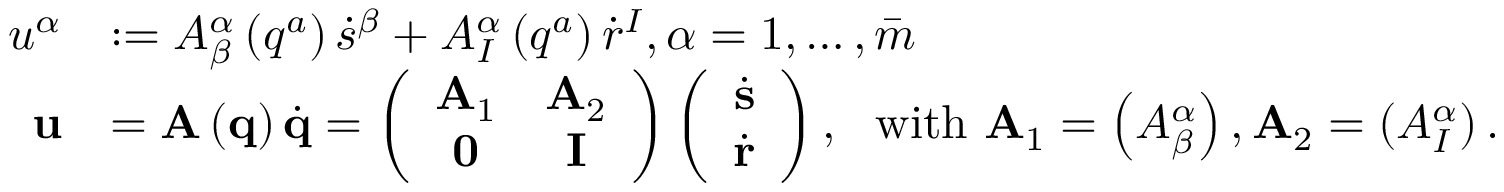
\begin{array} { r l } { u ^ { \alpha } } & { : = A _ { \beta } ^ { \alpha } \left( q ^ { a } \right) \dot { s } ^ { \beta } + A _ { I } ^ { \alpha } \left( q ^ { a } \right) \dot { r } ^ { I } , \alpha = 1 , \ldots , \bar { m } } \\ { \mathbf { u } } & { = \mathbf { A } \left( \mathbf { q } \right) \dot { \mathbf { q } } = \left( \begin{array} { c c } { \mathbf { A } _ { 1 } } & { \mathbf { A } _ { 2 } } \\ { \mathbf { 0 } } & { \mathbf { I } } \end{array} \right) \left( \begin{array} { c } { \dot { \mathbf { s } } } \\ { \dot { \mathbf { r } } } \end{array} \right) , \ \ \mathrm { w i t h \ } \mathbf { A } _ { 1 } = \left( A _ { \beta } ^ { \alpha } \right) , \mathbf { A } _ { 2 } = \left( A _ { I } ^ { \alpha } \right) . } \end{array}